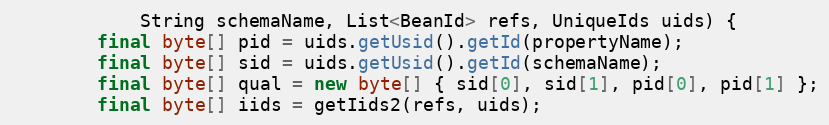
Language: Java
            String schemaName, List<BeanId> refs, UniqueIds uids) {
        final byte[] pid = uids.getUsid().getId(propertyName);
        final byte[] sid = uids.getUsid().getId(schemaName);
        final byte[] qual = new byte[] { sid[0], sid[1], pid[0], pid[1] };
        final byte[] iids = getIids2(refs, uids);